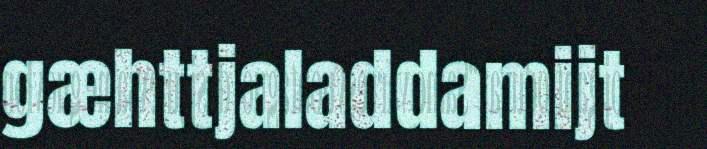
gæhttjaladdamijt